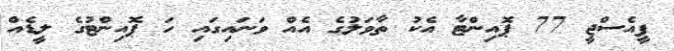
ޕީއެސްޖީ 77 ޕޮއިންޓާ އެކު ތާވަލުގެ އެއް ވަނައިގައި ހަ ޕޮއިންޓުގެ ލީޑެއް